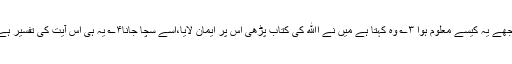
تجھے یہ کیسے معلوم ہوا ۳؎ وہ کہتا ہے میں نے اﷲ کی کتاب پڑھی اس پر ایمان لایا،اسے سچا جانا۴؎ یہ ہی اس آیت کی تفسیر ہے۔